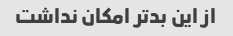
از این بدتر امکان نداشت